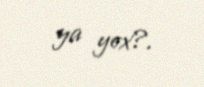
ya yox?.